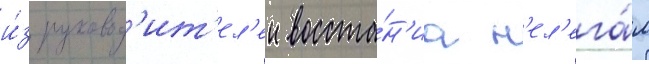
и́з руковод'ит'ел'еи восста́н'иа н'ел'ега́л